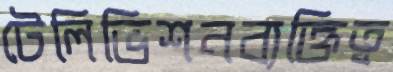
টেলিভিশনব্যক্তিত্ব